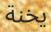
يخنة